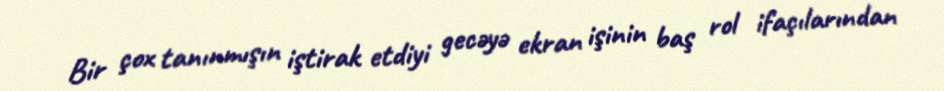
Bir çox tanınmışın iştirak etdiyi gecəyə ekran işinin baş rol ifaçılarından